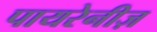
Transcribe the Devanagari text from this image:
पायरेनीज़